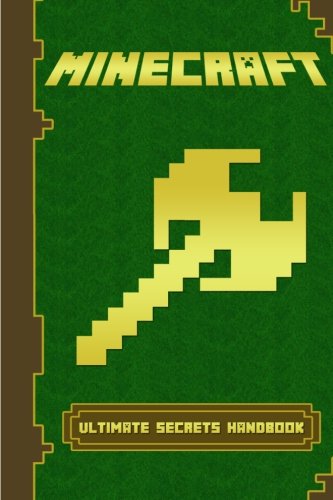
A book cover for Minecraft: The Ultimate Guide: Minecraft Secrets Handbook (Minecraft Books, Minecraft Comics); Crafty Guys; Humor & Entertainment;